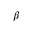
\beta